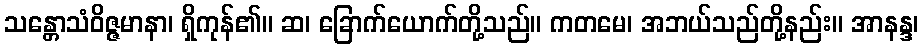
သန္တောသံဝိဇ္ဇမာနာ၊ ရှိကုန်၏။ ဆ၊ ခြောက်ယောက်တို့သည်။ ကတမေ၊ အဘယ်သည်တို့နည်း။ အာနန္ဒ၊